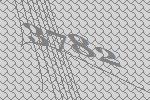
3782